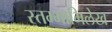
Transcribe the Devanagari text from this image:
स्तम्भाभिलेख